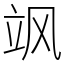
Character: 飒